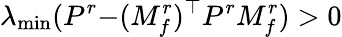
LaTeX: \lambda_{\operatorname*{min}}(P^{r}{-}(M_{f}^{r})^{\top}P^{r}M_{f}^{r})>0